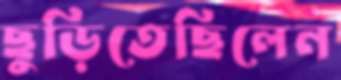
ছুড়িতেছিলেন